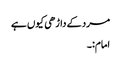
مرد کے داڑھی کیوں ہے
امام:۔